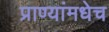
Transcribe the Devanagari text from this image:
प्राण्यांमधेच